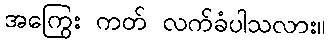
အကြွေး ကတ် လက်ခံပါသလား။